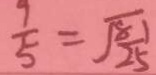
\frac { 9 } { 5 } = \sqrt { \frac { 8 1 } { 2 5 } }